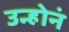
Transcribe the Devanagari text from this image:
उन्होनं